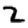
Digit: 2